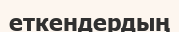
еткендердың